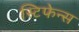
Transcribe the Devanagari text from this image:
स्टिफेन्स